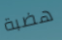
هضبة